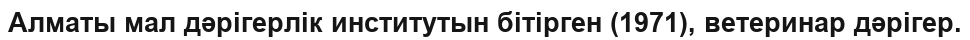
Алматы мал дәрігерлік институтын бітірген (1971), ветеринар дәрігер.